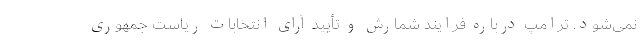
نمی‌شود. ترامپ درباره فرایند شمارش و تأیید آرای انتخابات ریاست جمهوری